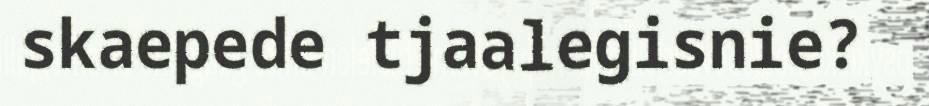
skaepede tjaalegisnie?